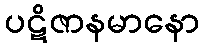
ပဋိဇာနမာနော